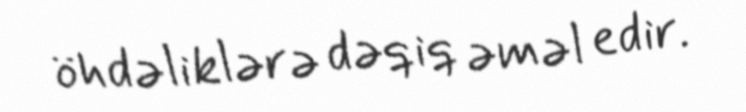
öhdəliklərə dəqiq əməl edir.